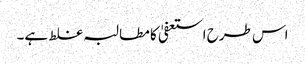
اس طرح استعفیٰ کا مطالبہ غلط ہے۔